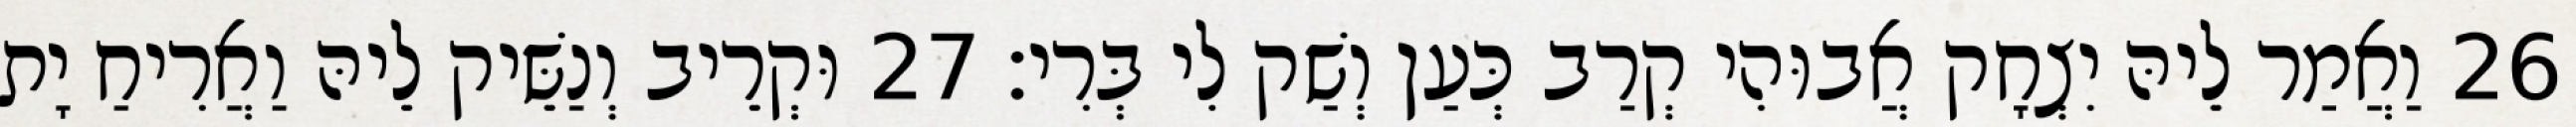
26 וַאֲמַר לֵיהּ יִצְחָק אֲבוּהִי קְרַב כְּעַן וְשַׁק לִי בְּרִי׃ 27 וּקְרֵיב וְנַשֵּׁיק לֵיהּ וַאֲרִיחַ יָת